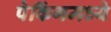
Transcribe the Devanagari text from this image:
पेकिंगमध्ये